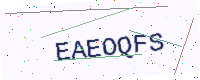
Text: EAEOQFS